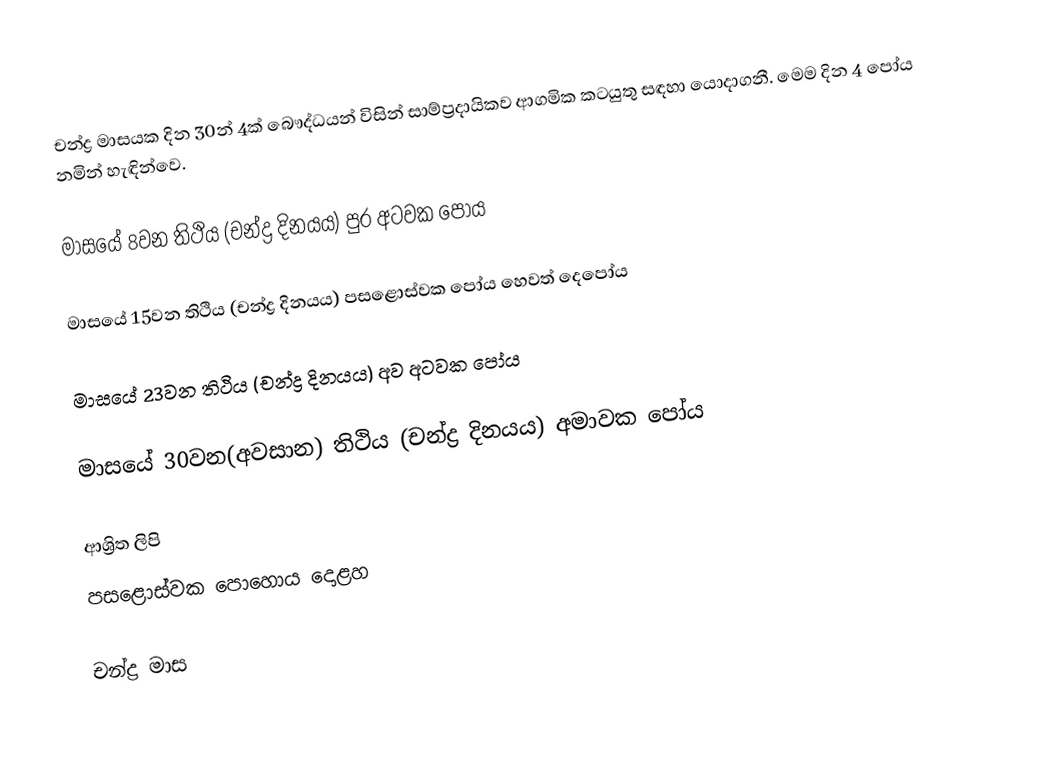
චන්ද්‍ර මාසයක දින 30න් 4ක් බෞද්ධයන් විසින් සාම්ප්‍රදායිකව ආගමික කටයුතු සඳහා යොදාගනී. මෙම දින 4 පෝය නමින් හැඳින්වෙ.

 මාසයේ 8වන තිථිය (චන්ද්‍ර දිනයය)  පුර අටවක පෝය

 මාසයේ 15වන තිථිය (චන්ද්‍ර දිනයය)  පසළොස්වක පෝය හෙවත් දෙපෝය

 මාසයේ 23වන තිථිය (චන්ද්‍ර දිනයය)  අව අටවක පෝය

  මාසයේ 30වන(අවසාන) තිථිය (චන්ද්‍ර දිනයය)  අමාවක පෝය

ආශ්‍රිත ලිපි
 පසළොස්වක පොහොය දොළහ

චන්ද්‍ර මාස